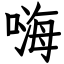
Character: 嗨